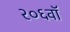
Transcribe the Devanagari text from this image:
२०६वॉ